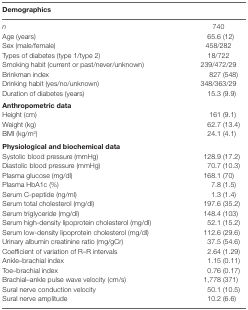
<table><thead><tr><td><b>Demographics</b></td><td></td></tr></thead><tbody><tr><td><i>n</i></td><td>740</td></tr><tr><td>Age (years)</td><td>65.6 (12)</td></tr><tr><td>Sex (male/female)</td><td>458/282</td></tr><tr><td>Types of diabetes (type 1/type 2)</td><td>18/722</td></tr><tr><td>Smoking habit (current or past/never/unknown)</td><td>239/472/29</td></tr><tr><td>Brinkman index</td><td>827 (548)</td></tr><tr><td>Drinking habit (yes/no/unknown)</td><td>348/363/29</td></tr><tr><td>Duration of diabetes (years)</td><td>15.3 (9.9)</td></tr><tr><td><b>Anthropometric data</b></td><td></td></tr><tr><td>Height (cm)</td><td>161 (9.1)</td></tr><tr><td>Weight (kg)</td><td>62.7 (13.4)</td></tr><tr><td>BMI (kg/m<sup>2</sup>)</td><td>24.1 (4.1)</td></tr><tr><td><b>Physiological and biochemical data</b></td><td></td></tr><tr><td>Systolic blood pressure (mmHg)</td><td>128.9 (17.2)</td></tr><tr><td>Diastolic blood pressure (mmHg)</td><td>70.7 (10.3)</td></tr><tr><td>Plasma glucose (mg/dl)</td><td>168.1 (70)</td></tr><tr><td>Plasma HbA1c (%)</td><td>7.8 (1.5)</td></tr><tr><td>Serum C-peptide (ng/ml)</td><td>1.3 (1.4)</td></tr><tr><td>Serum total cholesterol (mg/dl)</td><td>197.6 (35.2)</td></tr><tr><td>Serum triglyceride (mg/dl)</td><td>148.4 (103)</td></tr><tr><td>Serum high-density lipoprotein cholesterol (mg/dl)</td><td>52.1 (15.2)</td></tr><tr><td>Serum low-density lipoprotein cholesterol (mg/dl)</td><td>112.6 (29.6)</td></tr><tr><td>Urinary albumin creatinine ratio (mg/gCr)</td><td>37.5 (54.6)</td></tr><tr><td>Coefficient of variation of R–R intervals</td><td>2.64 (1.29)</td></tr><tr><td>Ankle–brachial index</td><td>1.15 (0.11)</td></tr><tr><td>Toe–brachial index</td><td>0.76 (0.17)</td></tr><tr><td>Brachial–ankle pulse wave velocity (cm/s)</td><td>1,778 (371)</td></tr><tr><td>Sural nerve conduction velocity</td><td>50.1 (10.5)</td></tr><tr><td>Sural nerve amplitude</td><td>10.2 (6.6)</td></tr></tbody></table>